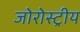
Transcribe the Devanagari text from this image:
जोरोस्ट्रीय